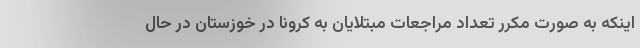
اینکه به صورت مکرر تعداد مراجعات مبتلایان به کرونا در خوزستان در حال